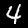
Digit: 4